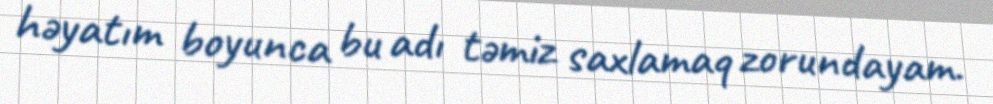
həyatım boyunca bu adı təmiz saxlamaq zorundayam.